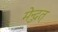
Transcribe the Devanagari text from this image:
मेन्दुत्